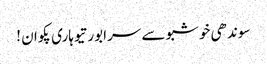
سوندھی خوشبو سے سرابور تیوہاری پکوان !